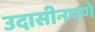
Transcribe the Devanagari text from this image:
उदासीनपणे